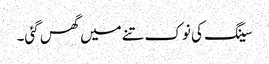
سینگ کی نوک تنے میں گھس گئی۔